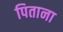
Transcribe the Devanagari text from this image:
पिताना